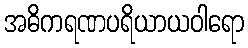
အဓိကရဏပရိယာယဝါရော